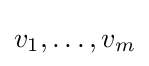
v_{1},\dots ,v_{m}